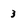
Character: 3